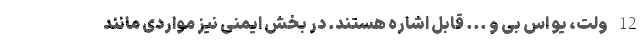
12 ولت، یو اس بی و ... قابل اشاره هستند. در بخش ایمنی نیز مواردی مانند